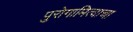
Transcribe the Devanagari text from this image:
पुरोगामित्वाचा